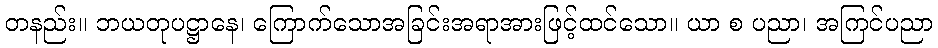
တနည်း။ ဘယတုပဋ္ဌာနေ၊ ကြောက်သောအခြင်းအရာအားဖြင့်ထင်သော။ ယာ စ ပညာ၊ အကြင်ပညာ